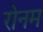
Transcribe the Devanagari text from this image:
रोनम